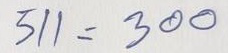
511 = 300